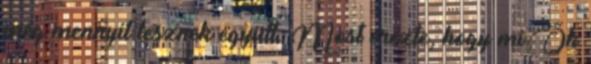
még mennyit lesznek együtt. Most érezte, hogy mi Ők